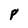
Character: P